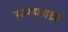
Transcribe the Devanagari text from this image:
समयचक्र